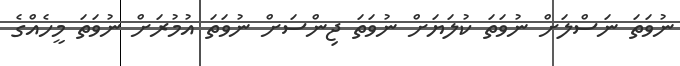
ނުވަތަ ނަސްލަށް ނުވަތަ ކުލަޔަށް ނުވަތަ ޖިންސަށް ނުވަތަ އުމުރަށް ނުވަތަ މީހެއްގެ